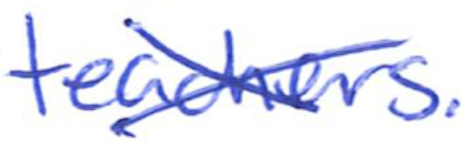
Text: teachers.
Cross-out: cross
Writing tool: ballpoint